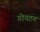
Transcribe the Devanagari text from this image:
गोयटन